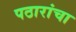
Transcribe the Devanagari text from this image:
पठारांचा